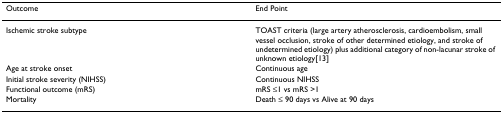
| Outcome | End Point |
 | --- | --- |
 | Ischemic stroke subtype | TOAST criteria (large artery atherosclerosis, cardioembolism, small vessel occlusion, stroke of other determined etiology, and stroke of undetermined etiology) plus additional category of non-lacunar stroke of unknown etiology[13] |
 | Age at stroke onset | Continuous age |
 | Initial stroke severity (NIHSS) | Continuous NIHSS |
 | Functional outcome (mRS) | mRS ≤1 vs mRS >1 |
 | Mortality | Death ≤ 90 days vs Alive at 90 days |